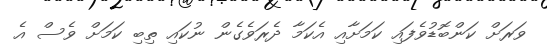
ވަރަށް ކަންބޮޑުވެފައި ކަމަށާއި އެކަމާ ދެރަވެގެން ނުކައި ތިބި ކަމަށް ވެސް އެ